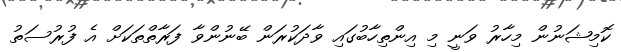
ކޮމިޝަނުން މިހާރު ވަނީ މި އިންތިހާބުގައި ވާދަކުރަން ބޭނުންވާ ފަރާތްތަކަށް އެ ފުރުސަތު